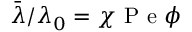
\bar { \lambda } / \lambda _ { 0 } = \chi \mathrm { ~ P ~ e ~ } \phi